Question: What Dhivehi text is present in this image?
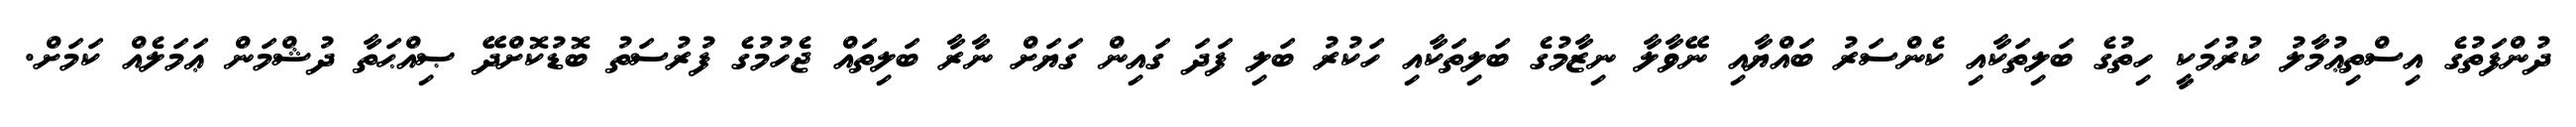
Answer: ދުންފަތުގެ އިސްތިޢުމާލު ކުރުމަކީ ހިތުގެ ބަލިތަކާއި ކެންސަރު ބައްޔާއި ނޭވާލާ ނިޒާމުގެ ބަލިތަކާއި ހަކުރު ބަލި ފަދަ ގައިން ގަޔަށް ނާރާ ބަލިތައް ޖެހުމުގެ ފުރުސަތު ބޮޑުކޮށްދޭ ޞިއްޙަތާ ދުޝްމަން ޢަމަލެއް ކަމަށް.